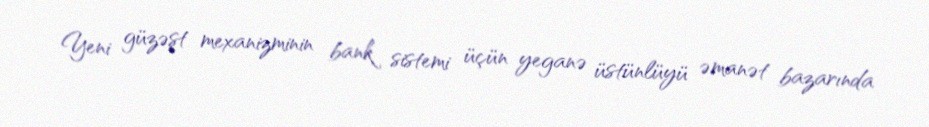
Yeni güzəşt mexanizminin bank sistemi üçün yeganə üstünlüyü əmanət bazarında